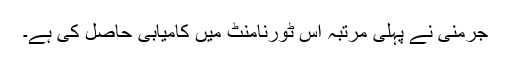
جرمنی نے پہلی مرتبہ اس ٹورنامنٹ میں کامیابی حاصل کی ہے۔